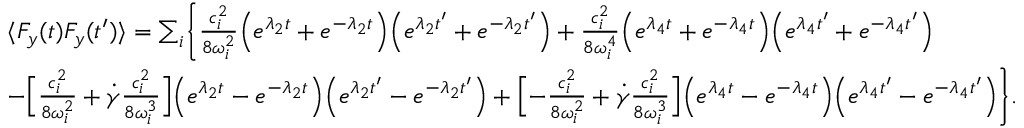
\begin{array} { r l } & { \langle F _ { y } ( t ) F _ { y } ( t ^ { \prime } ) \rangle = \sum _ { i } \Biggl \{ \frac { c _ { i } ^ { 2 } } { 8 \omega _ { i } ^ { 2 } } \Bigl ( e ^ { \lambda _ { 2 } t } + e ^ { - \lambda _ { 2 } t } \Bigr ) \Bigl ( e ^ { \lambda _ { 2 } t ^ { \prime } } + e ^ { - \lambda _ { 2 } t ^ { \prime } } \Bigr ) + \frac { c _ { i } ^ { 2 } } { 8 \omega _ { i } ^ { 4 } } \Bigl ( e ^ { \lambda _ { 4 } t } + e ^ { - \lambda _ { 4 } t } \Bigr ) \Bigl ( e ^ { \lambda _ { 4 } t ^ { \prime } } + e ^ { - \lambda _ { 4 } t ^ { \prime } } \Bigr ) } \\ & { - \Bigl [ \frac { c _ { i } ^ { 2 } } { 8 \omega _ { i } ^ { 2 } } + \dot { \gamma } \frac { c _ { i } ^ { 2 } } { 8 \omega _ { i } ^ { 3 } } \Bigr ] \Bigl ( e ^ { \lambda _ { 2 } t } - e ^ { - \lambda _ { 2 } t } \Bigr ) \Bigl ( e ^ { \lambda _ { 2 } t ^ { \prime } } - e ^ { - \lambda _ { 2 } t ^ { \prime } } \Bigr ) + \Bigl [ - \frac { c _ { i } ^ { 2 } } { 8 \omega _ { i } ^ { 2 } } + \dot { \gamma } \frac { c _ { i } ^ { 2 } } { 8 \omega _ { i } ^ { 3 } } \Bigr ] \Bigl ( e ^ { \lambda _ { 4 } t } - e ^ { - \lambda _ { 4 } t } \Bigr ) \Bigl ( e ^ { \lambda _ { 4 } t ^ { \prime } } - e ^ { - \lambda _ { 4 } t ^ { \prime } } \Bigr ) \Biggr \} . } \end{array}